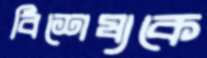
বিশেষ্যকে